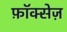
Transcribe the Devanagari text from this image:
फ़ॉक्सेज़